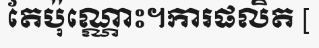
តែប៉ុណ្ណោះ។ការផលិត [